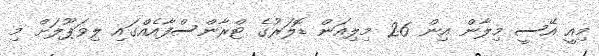
މިއީ އޭސީ މިލާން އިން 26 މިލިއަން ޑޮލަރުގެ ޓްރާންސްފާއެއްގައި ލިވަޕޫލަށް މި